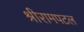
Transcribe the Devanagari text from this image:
श्रीरामपटल